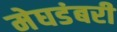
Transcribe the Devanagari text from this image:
मेघडंबरी